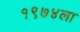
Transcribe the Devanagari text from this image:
१९७४ला